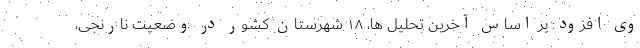
وی افزود: بر اساس آخرین تحلیل ها، ۱۸ شهرستان کشور در وضعیت نارنجی،